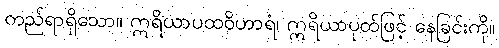
တည်ရာရှိသော။ ဣရိယာပထဝိဟာရံ၊ ဣရိယာပုထ်ဖြင့် နေခြင်းကို။